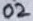
Text: 02